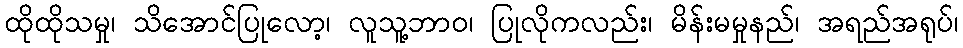
ထိုထိုသမှု၊ သိအောင်ပြုလော့၊ လူသူ့ဘာဝ၊ ပြုလိုကလည်း၊ မိန်းမမှုနည်၊ အရည်အရုပ်၊